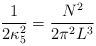
LaTeX: \begin{align*}\frac{1}{2\kappa_5^2} = \frac{N^2}{2\pi^2 L^3}\end{align*}